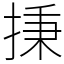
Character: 㨀